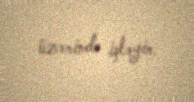
üzərində işləyir.